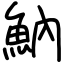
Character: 魶